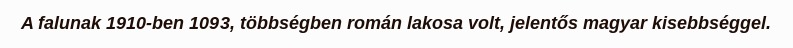
A falunak 1910-ben 1093, többségben román lakosa volt, jelentős magyar kisebbséggel.